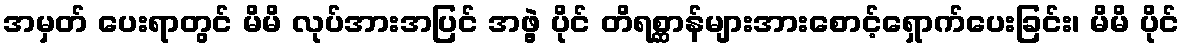
အမှတ် ပေးရာတွင် မိမိ လုပ်အားအပြင် အဖွဲ့ ပိုင် တိရစ္ဆာန်များအားစောင့်ရှောက်ပေးခြင်း၊ မိမိ ပိုင်